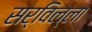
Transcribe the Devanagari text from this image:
सर्विल्ला